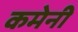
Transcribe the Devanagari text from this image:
कमेनी